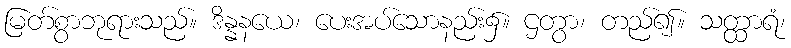
မြတ်စွာဘုရားသည်။ ဒိန္နနယေ၊ ပေးအပ်သောနည်း၌။ ဌတွာ၊ တည်၍။ သတ္ထာရံ၊